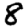
Digit: 8